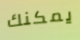
يمكنك